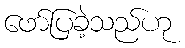
ဖော်ပြခဲ့သည်ဟု